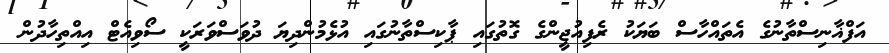
އަފްޣާނިސްތާނުގެ އެތައްހާސް ބަޔަކު ރެފިއުޖީންގެ ގޮތުގައި ޕާކިސްތާނުގައި އުޅެމުންދިޔަ ދުވަސްވަރަކީ ސޯވިއެޓް އިއްތިހާދުން